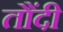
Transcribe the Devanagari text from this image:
तौंदी